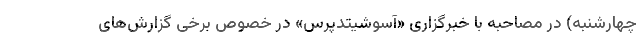
چهارشنبه) در مصاحبه با خبرگزاری «آسوشیتدپرس» در خصوص برخی گزارش‌های